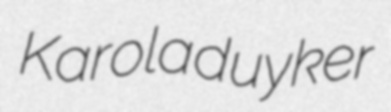
Karola duyker